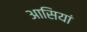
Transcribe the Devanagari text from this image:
आसियां